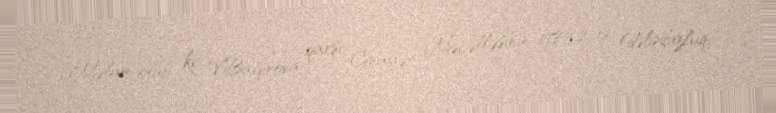
Məlum olub ki, V.Bağırova qarşı Cinayət Məcəlləsinin 178.3.2-ci (dələduzluq;